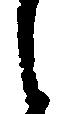
し